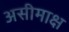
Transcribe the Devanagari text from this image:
असीमाक्ष